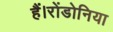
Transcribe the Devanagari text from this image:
हैं।रोंडोनिया